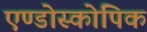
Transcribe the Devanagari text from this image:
एण्डोस्कोपिक